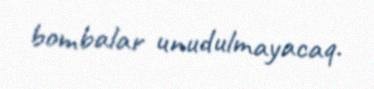
bombalar unudulmayacaq.